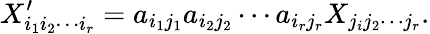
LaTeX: X_{i_{1}i_{2}\cdots i_{r}}^{\prime}=a_{i_{1}j_{1}}a_{i_{2}j_{2}}\cdots a_{i_{r}j_{r}}X_{j_{i}j_{2}\cdots j_{r}}.